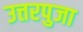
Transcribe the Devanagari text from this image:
उत्तरपुजा